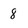
Character: 8